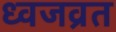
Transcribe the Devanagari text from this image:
ध्वजव्रत